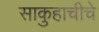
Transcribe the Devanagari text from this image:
साकुहाचीचे